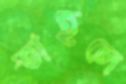
তাহলে